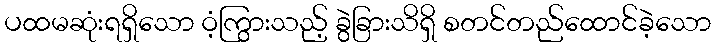
ပထမဆုံးရရှိသော ဝံ့ကြွားသည့် ခွဲခြားသိရှိ စတင်တည်ထောင်ခဲ့သော